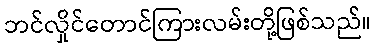
ဘင်လှိုင်တောင်ကြားလမ်းတို့ဖြစ်သည်။